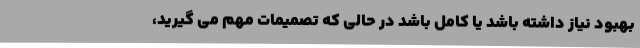
بهبود نیاز داشته باشد یا کامل باشد در حالی که تصمیمات مهم می گیرید،